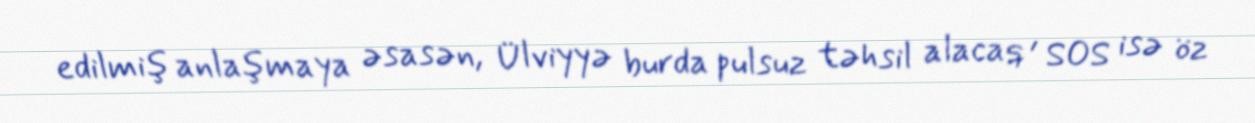
edilmiş anlaşmaya əsasən, Ülviyyə burda pulsuz təhsil alacaq , SOS isə öz